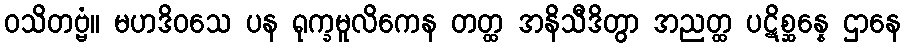
ဝသိတဗ္ဗံ။ မဟဒိဝသေ ပန ရုက္ခမူလိကေန တတ္ထ အနိသီဒိတွာ အညတ္ထ ပဋိစ္ဆန္နေ ဌာနေ